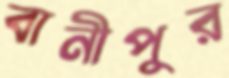
বানীপুর